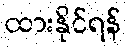
ထားနိုင်ရန်